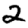
Digit: 2